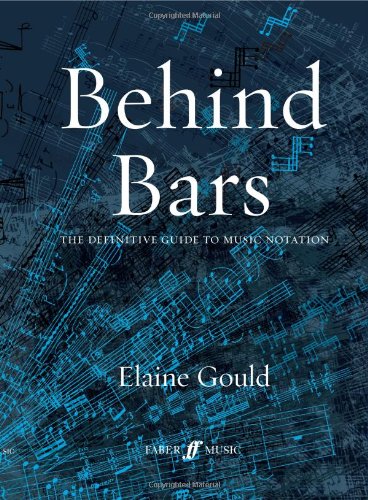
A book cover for Behind Bars: The Definitive Guide to Music Notation; Elaine Gould; Arts & Photography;